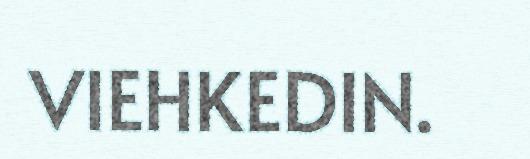
VIEHKEDIN.